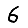
Digit: 6